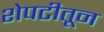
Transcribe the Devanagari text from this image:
शेपटीतून